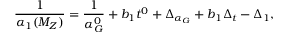
\frac { 1 } { \alpha _ { 1 } ( M _ { Z } ) } = \frac { 1 } { \alpha _ { G } ^ { 0 } } + b _ { 1 } t ^ { 0 } + \Delta _ { \alpha _ { G } } + b _ { 1 } \Delta _ { t } - \Delta _ { 1 } ,